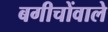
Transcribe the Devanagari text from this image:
बगीचोंवाले